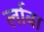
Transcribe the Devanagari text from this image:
र्लावा